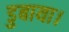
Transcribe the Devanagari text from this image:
डुबाया।